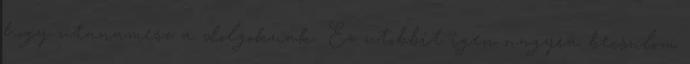
hogy utanamesz a dolgoknak. Ez utobbit igen nagyra becsulom